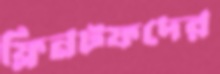
ফ্লিনটফদের